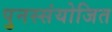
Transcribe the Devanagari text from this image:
पुनस्संयोजित